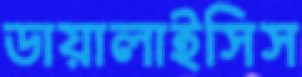
ডায়ালাইসিস